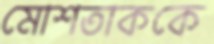
মোশতাককে